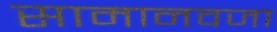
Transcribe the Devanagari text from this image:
सामानवजा